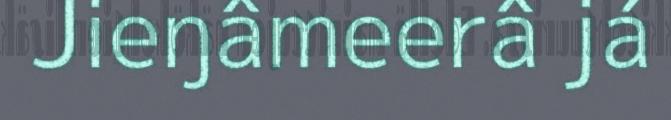
Jieŋâmeerâ já